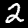
Digit: 2